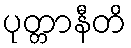
ပုတ္တာနီတိ